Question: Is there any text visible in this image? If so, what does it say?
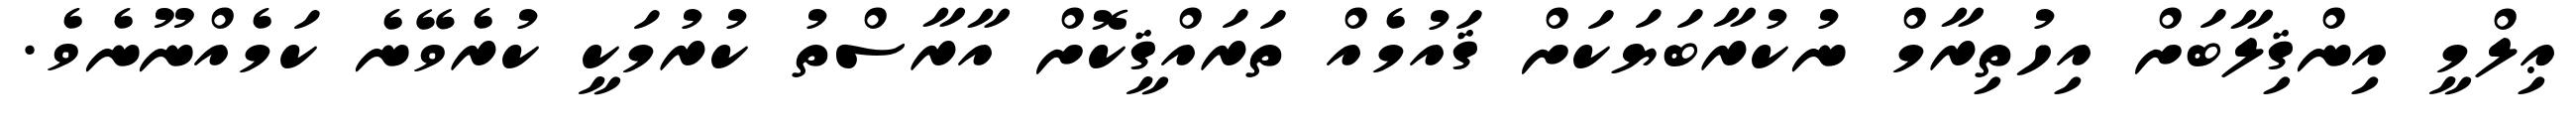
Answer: ޢިލްމީ އިންޤިލާބަށް އިހުތިރާމް ނުކުރާބަޔަކަށް ޤައުމެއް ތަރައްޤީކޮށް އާރާސްތު ކުރުމަކީ ކުރެވޭނެ ކަމެއްނޫނެވެ.